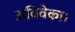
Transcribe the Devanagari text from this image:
अविवेका।